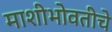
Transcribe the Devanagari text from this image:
माशीभोवतीचे